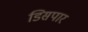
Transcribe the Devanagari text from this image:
डिसपार